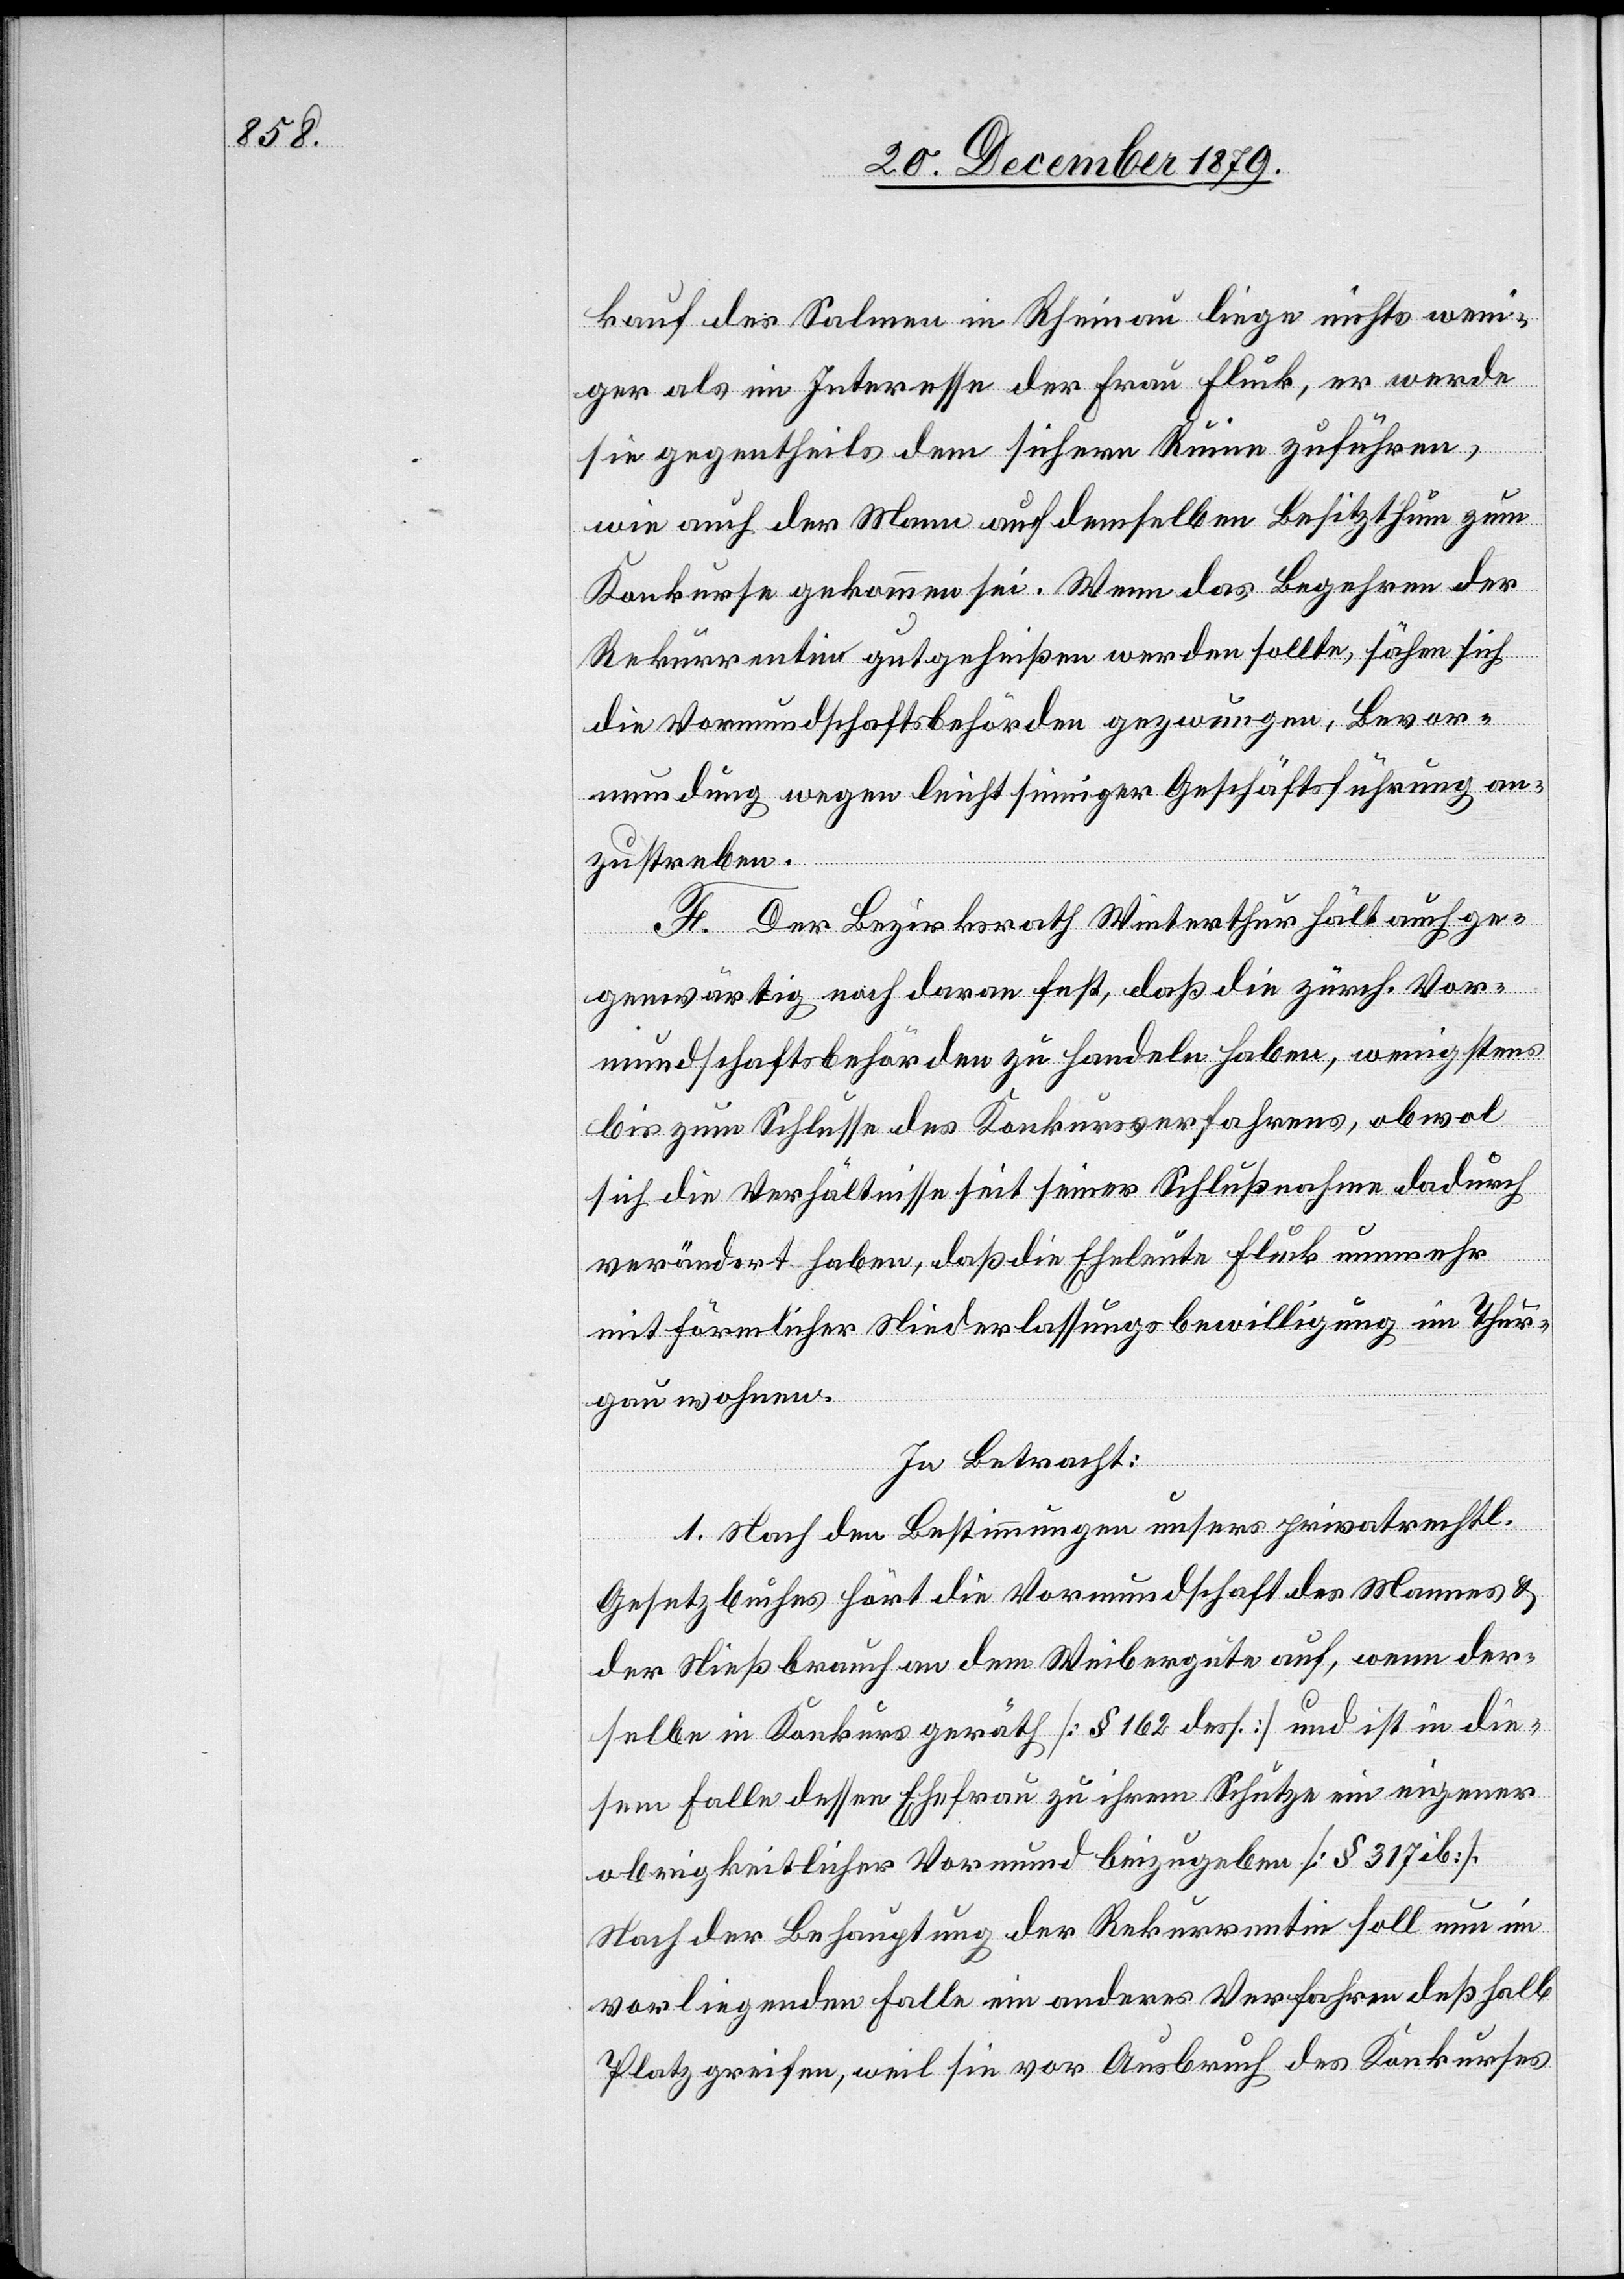
kauf des Salmen in Rheinau liege nichts weni¬
ger als im Interesse der Frau Fluck, er werde
sie gegentheils dem sichern Ruin zuführen,
wie auch der Mann auf demselben Besitzthum zum
Konkurse gekommen sei. Wenn das Begehren der
Rekurrentin gutgeheißen werden sollte, sähen sich
die Vormundschaftsbehörden gezwungen, Bevor¬
mundung wegen leichtsinniger Geschäftsführung an¬
zustreben.
F. Der Bezirksrath Winterthur hält auch ge¬
genwärtig noch daran fest, daß die zürch. Vor¬
mundschaftsbehörden zu Handeln haben, wenigstens
bis zum Schlusse des Konkursverfahrens, obwol
sich die Verhältnisse seit seiner Schlußnahme dadurch
verändert haben, das die Eheleute Fluck nunmehr
mit förmlicher Niederlassungsbewilligung im Thur¬
gau wohnen.
In Betracht:
1. Nach den Bestimmungen unseres privatrechtl.
Gesetzbuches hört die Vormundschaft des Mannes &
der Nießbrach an dem Weibergute auf, wenn der¬
selbe in Konkurs geräth [§ 162 dess.] und ist in die¬
sem Falle dessen Ehefrau zu ihrem Schutze ein eigener
obrigkeitlicher Vormund beizugeben [§ 317 ib].
Nach der Behauptung der Rekurrentin soll nun im
vorliegenden Falle ein anderes Verfahren deßhalb
Platz greifen, weil sie vor Ausbruch des Konkurses